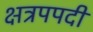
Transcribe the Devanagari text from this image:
क्षत्रपपदी